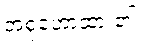
အစုံဟောထား၏။